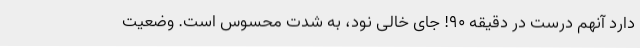
دارد آنهم درست در دقیقه 90! جای خالی نود، به شدت محسوس است. وضعیت